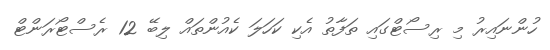
ހުންނައިރު މި ރިސޯޓްގައި ތަފާތު އެކި ކަހަލަ ކެއުންތައް ލިބޭ 12 ރެސްޓޯރަންޓް